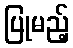
ပြုမည့်